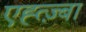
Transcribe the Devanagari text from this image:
एह्त्ज़्बा